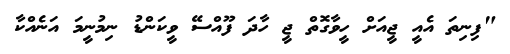
"ފިނިތަ އެއީ ޖީއަށް ހީވާގޮތް ޖީ ހާދަ ފޫއްސޭ ވީކަންޑު ނިމުނީމަ އަނެއްކާ